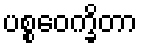
ပစ္စဝေက္ခိတာ